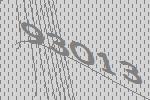
93013